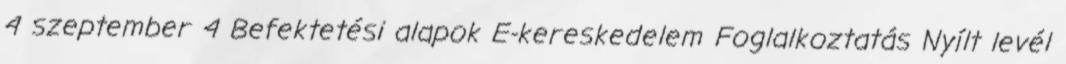
4 szeptember 4 Befektetési alapok E-kereskedelem Foglalkoztatás Nyílt levél